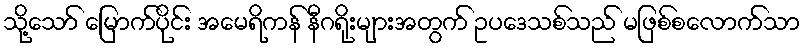
သို့သော် မြောက်ပိုင်း အမေရိကန် နီဂရိုးများအတွက် ဥပဒေသစ်သည် မဖြစ်စလောက်သာ